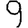
Digit: 9